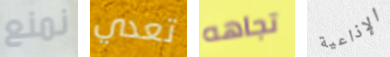
نمنع تعدي تجاهه الإذاعية